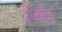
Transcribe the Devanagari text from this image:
देखेन